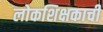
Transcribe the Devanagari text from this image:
लोकशिक्षकाची